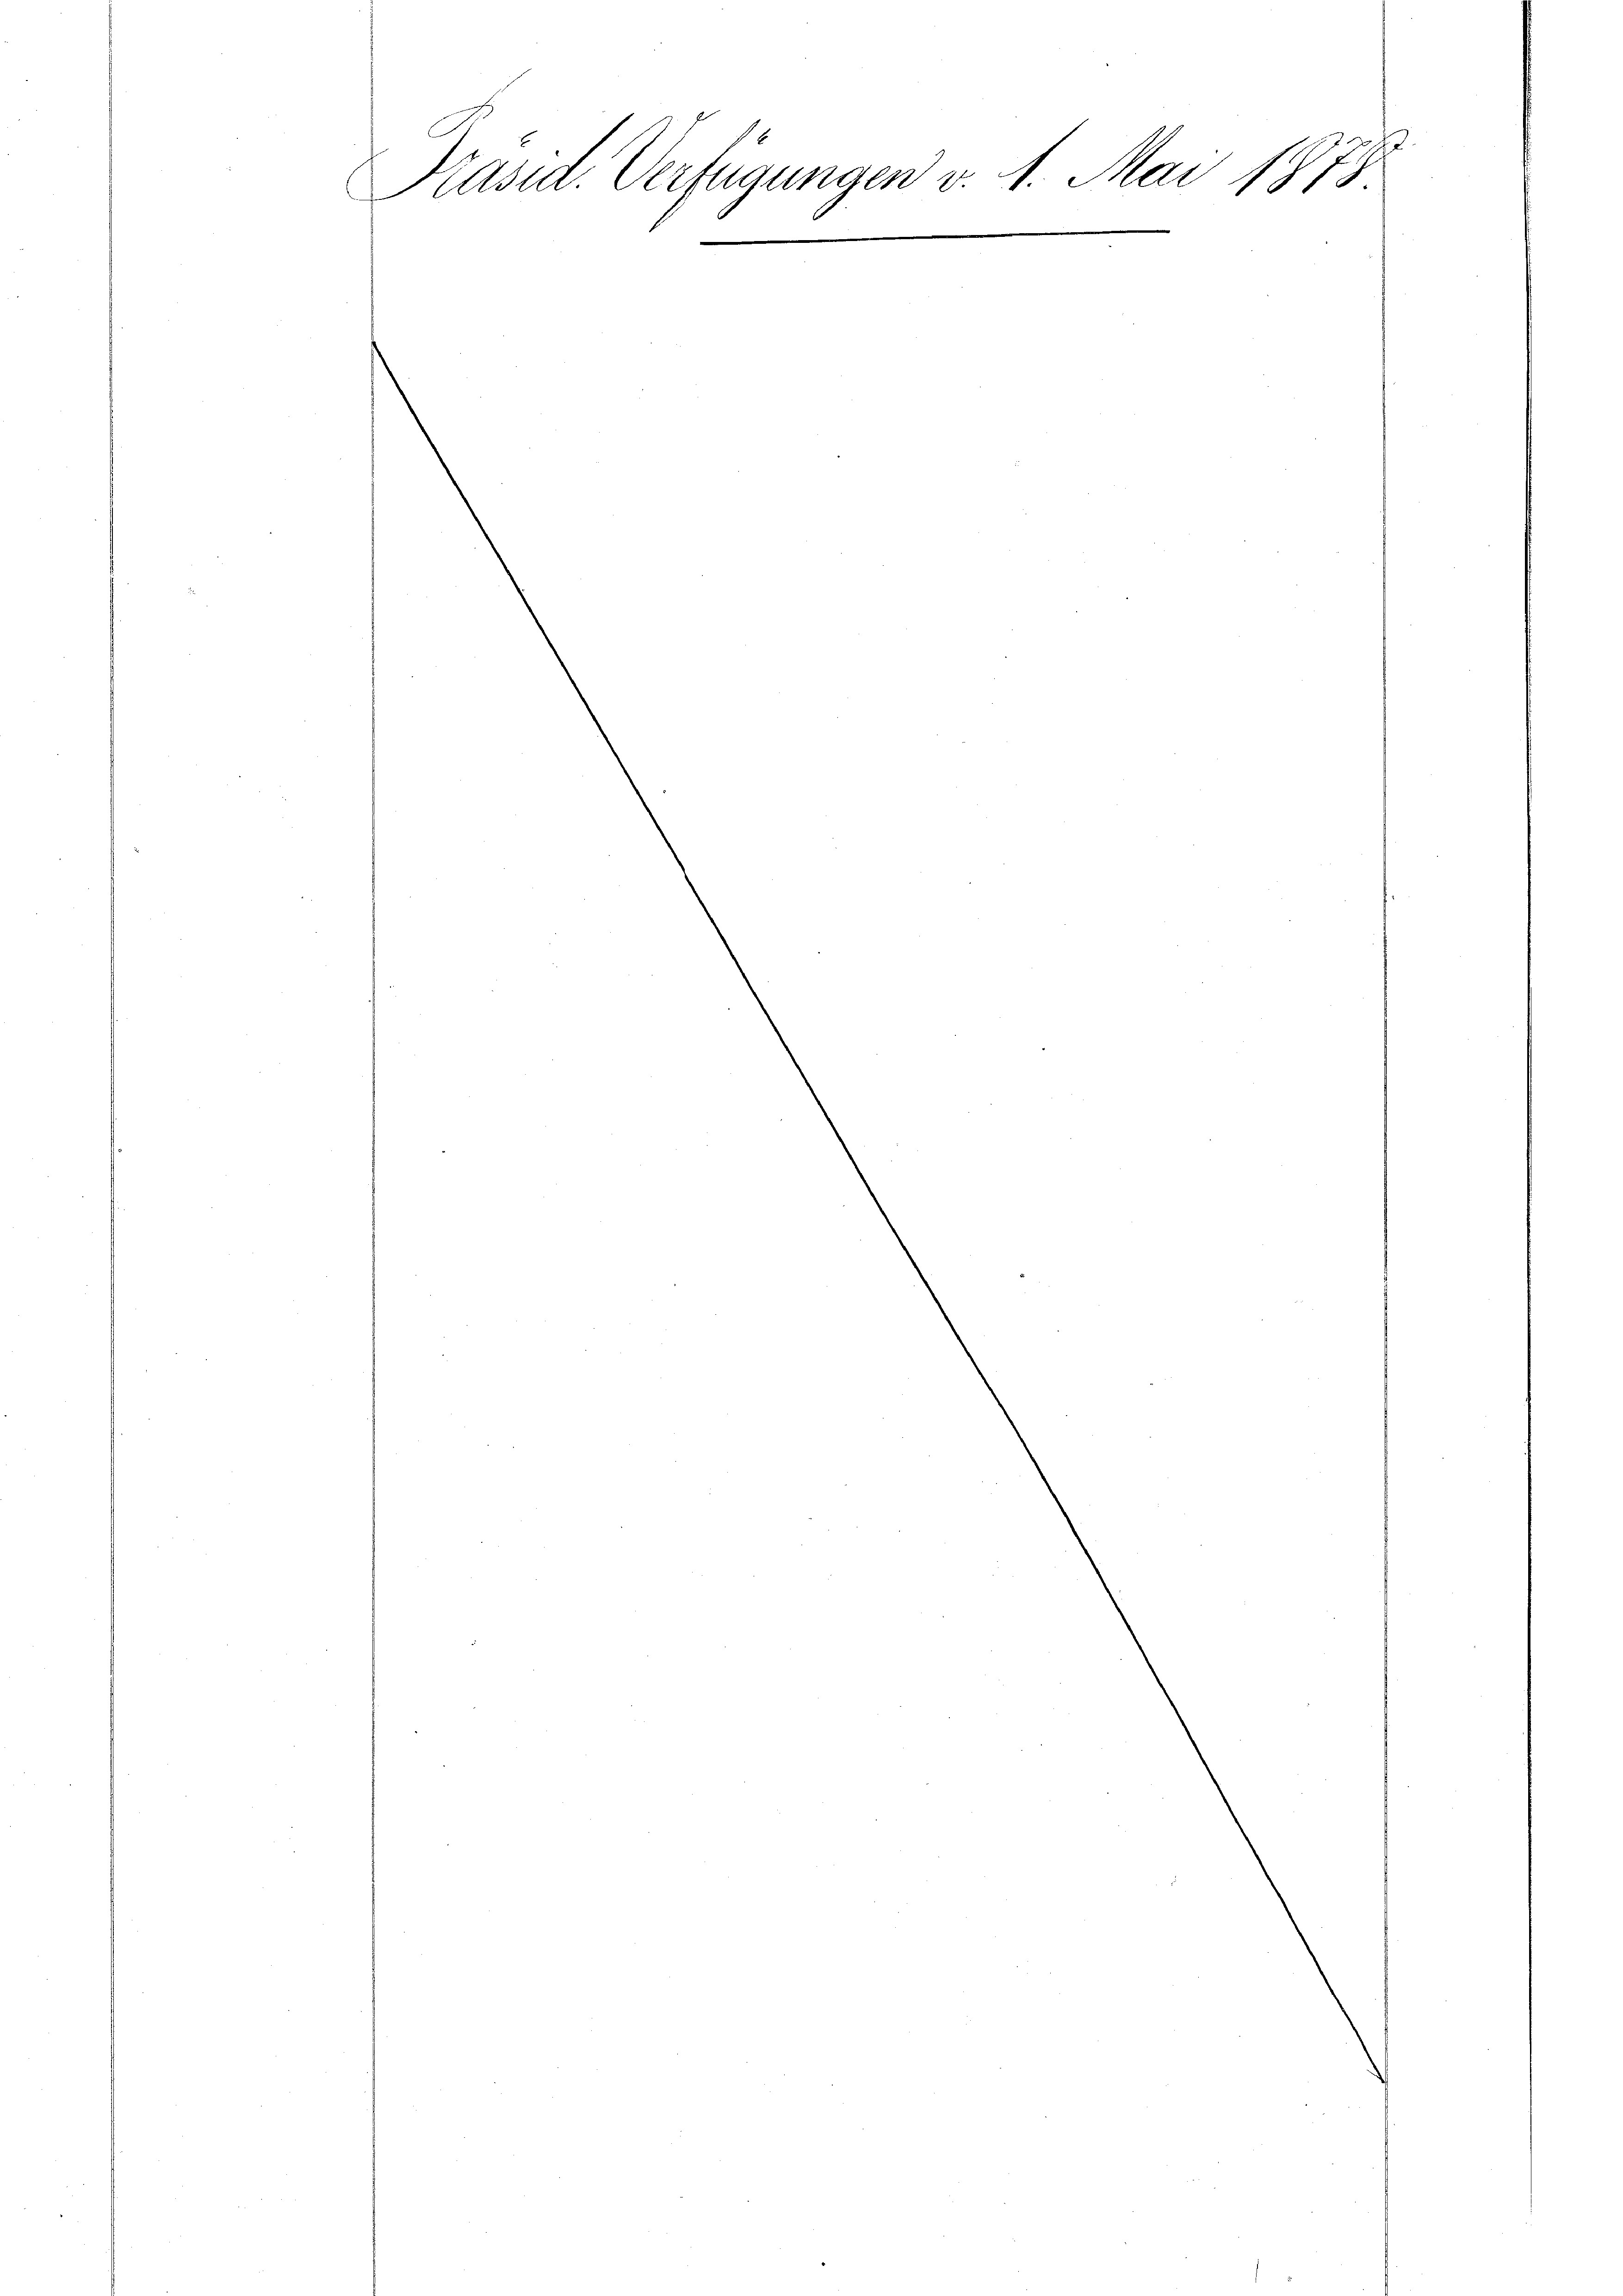
Mai 1873
19.
Präsid. Verfen